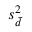
s _ { \bar { d } } ^ { 2 }